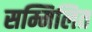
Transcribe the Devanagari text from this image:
सम्मिलित